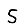
Digit: 5